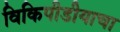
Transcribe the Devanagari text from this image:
विकिपीडीयाचा